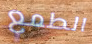
الطمع